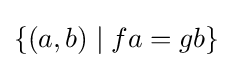
\{(a,b)\mid fa=gb\}